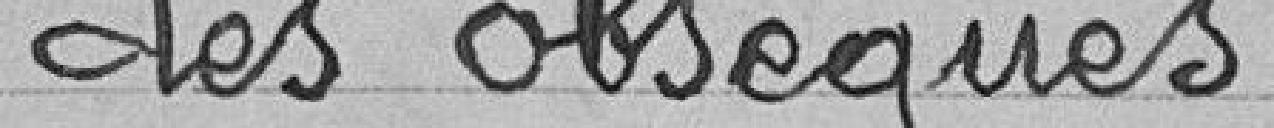
des obsèques